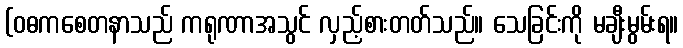
(ဝဓကစေတနာသည် ကရုဏာအသွင် လှည့်စားတတ်သည်။ သေခြင်းကို မချီးမွမ်းရ။